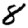
Digit: 8